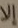
إلا